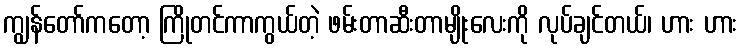
ကျွန်တော်ကတော့ ကြိုတင်ကာကွယ်တဲ့ ဖမ်းတာဆီးတာမျိုးလေးကို လုပ်ချင်တယ်၊ ဟား ဟား